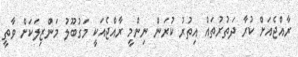
ރާއްޖެއަށް ކުރާ ދަތުރުތައް އިތުރު ކުރަން ނިންމީ ރާއްޖެއަކީ މަގުބޫލު މަންޒިލަކަށް ވާތީ